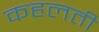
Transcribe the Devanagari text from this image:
कहलती